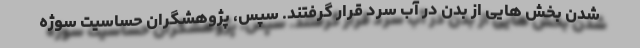
شدن بخش هایی از بدن در آب سرد قرار گرفتند. سپس، پژوهشگران حساسیت سوژه